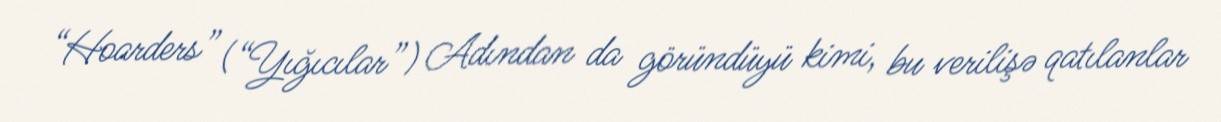
“Hoarders” (“Yığıcılar”) Adından da göründüyü kimi, bu verilişə qatılanlar